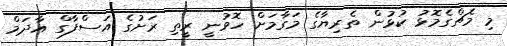
މި މެޗްގެމޮޅު ކުޅުން ތެރިޔާގެ މަގާމަށް ހޮވުނީ ރީތި ރަށުގެ އަސްފާގް އާދަމް